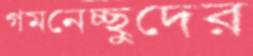
গমনেচ্ছুদের